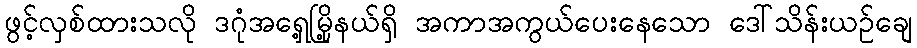
ဖွင့်လှစ်ထားသလို ဒဂုံအရှေ့မြို့နယ်ရှိ အကာအကွယ်ပေးနေသော ဒေါ်သိန်းယဉ်ချေ